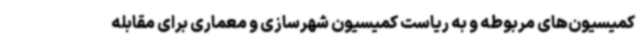
کمیسیون‌های مربوطه و به ریاست کمیسیون شهرسازی و معماری برای مقابله